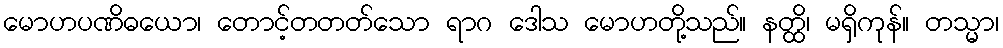
မောဟပဏိဓယော၊ တောင့်တတတ်သော ရာဂ ဒေါသ မောဟတို့သည်။ နတ္ထိ၊ မရှိကုန်။ တသ္မာ၊